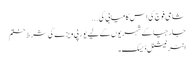
شامی فوج کی اس کامیابی کی ...
جارجیا کے شہریوں کے لیے یورپی ویزے کی شرط ختم
انٹر نیشنل ڈیسک۔